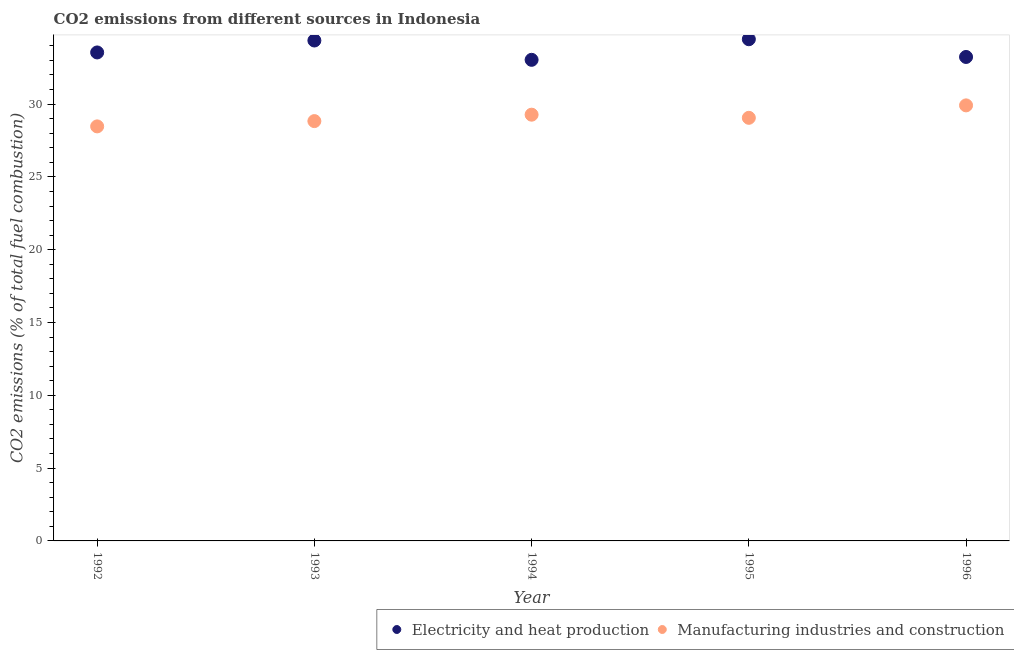
| Year | Electricity and heat production | Manufacturing industries and construction |
 | --- | --- | --- |
 | 1992 | 33.5 | 28.5 |
 | 1993 | 34.4 | 28.8 |
 | 1994 | 33 | 29.3 |
 | 1995 | 34.5 | 29.1 |
 | 1996 | 33.2 | 29.9 |